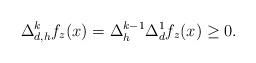
LaTeX: \begin{align*}\Delta_{d,h}^k f_z(x)=\Delta_{h}^{k-1} \Delta_{d}^1 f_z(x)\geq 0.\end{align*}